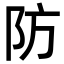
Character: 防